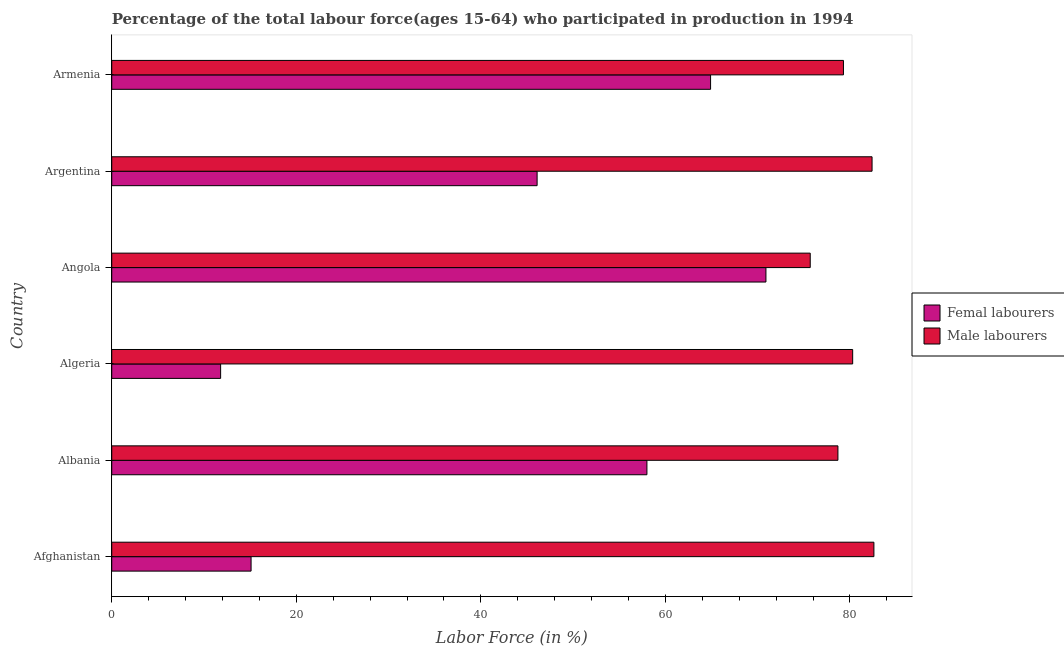
| Country | Femal labourers | Male labourers |
 | --- | --- | --- |
 | Afghanistan | 15.1 | 82.6 |
 | Albania | 58 | 78.7 |
 | Algeria | 11.8 | 80.3 |
 | Angola | 70.9 | 75.7 |
 | Argentina | 46.1 | 82.4 |
 | Armenia | 64.9 | 79.3 |